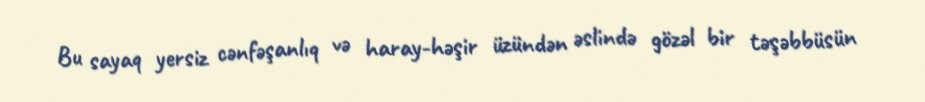
Bu sayaq yersiz cənfəşanlıq və haray-həşir üzündən əslində gözəl bir təşəbbüsün